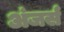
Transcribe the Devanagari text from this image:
अंजर्स